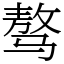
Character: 骜